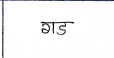
मजकूर: गड